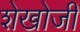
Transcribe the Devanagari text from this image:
शेखोजी